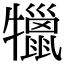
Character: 犣